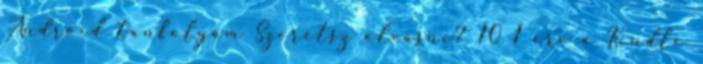
Android tanfolyam Szeretsz olvasni? 10 1 érv a Kindle